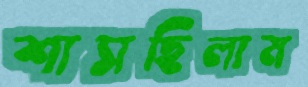
শাসছিলাম